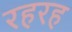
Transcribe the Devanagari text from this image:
रहरह